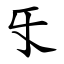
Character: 㸦